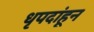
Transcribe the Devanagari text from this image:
धृपदांहून